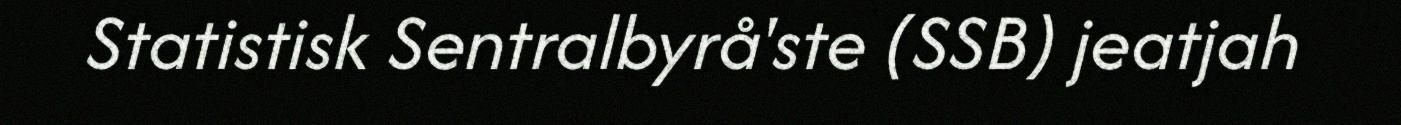
Statistisk Sentralbyrå'ste (SSB) jeatjah